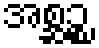
အစ္ဆဉ္စ